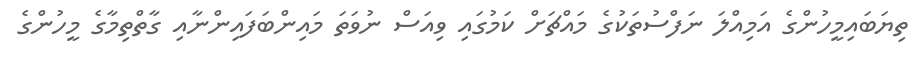
ތިޔަބައިމީހުންގެ އަމިއްލަ ނަފްސުތަކުގެ މައްޗަށް ކަމުގައި ވިއަސް ނުވަތަ މައިންބަފައިންނާއި ގާތްތިމާގެ މީހުންގެ